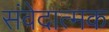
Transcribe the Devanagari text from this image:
संवेदात्मक